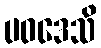
ပဝဒေသိ